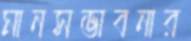
মানসভাবনার